Document type: Grant
Year: 1232
Scribe: Berenguer de Clos
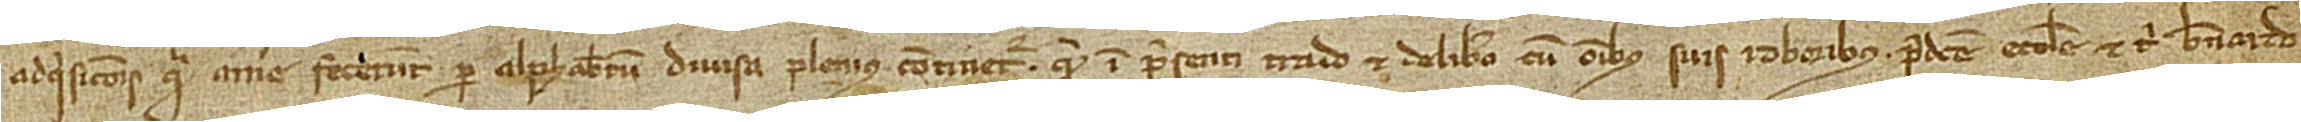
adquisicionis quam a me fecerunt per alphabetum divisa plenius continetur, quam in presenti trado et delibero, cum omnibus suis roboribus, predicte ecclesie et tibi Bernardo,